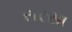
સરસા